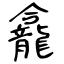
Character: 龕